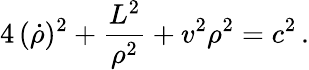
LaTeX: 4\, (\dot{\rho})^{2}+\frac{L^{2}}{\rho^{2}}+v^{2}\rho^{2}=c^{2}\, .